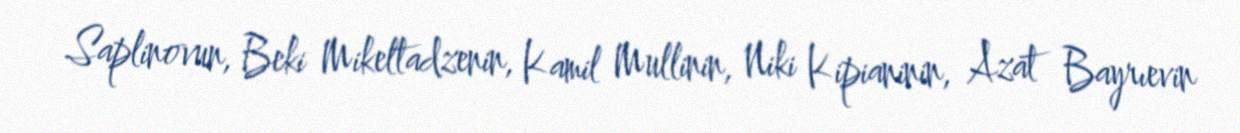
Saplinovun, Beki Mikeltadzenin, Kamil Mullinin, Niki Kipianinin, Azat Bayrıevin